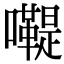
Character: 𡄷